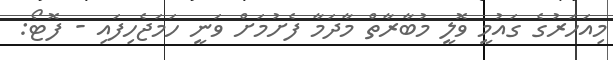
މިއަހަރުގެ ގައުމީ ވޮލީ މުބާރާތް މާދަމާ ފެށުމަށް ވަނީ ހަމަޖެހިފައި - ފޮޓޯ: